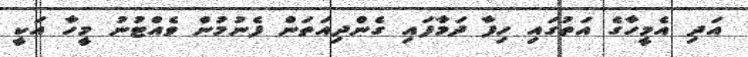
އަދި އެމީހާގެ އަތުގައި ހިފާ ދަމާފައި ގެންދިއަތަން ފެނުމުން ވެއްޓުނު މީހާ އަކީ